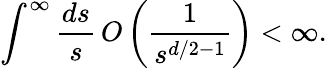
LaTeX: \int^{\infty}\frac{ds}{s}\, O\left(\frac{1}{s^{d/2-1}}\right)<\infty.